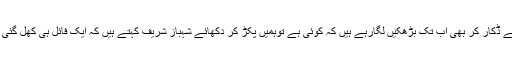
یوسف گیلانی اور راجہ رینٹل اربوں روپے ڈکار کر بھی اب تک بڑھکیں لگارہے ہیں کہ کوئی ہے توہمیں پکڑ کر دکھائے شہباز شریف کہتے ہیں کہ ایک فائل ہی کھل گئی تو باپ بیٹا لندن یا دبئی بھاگ جائیں گے۔